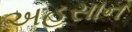
અહસાન